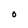
Character: O